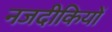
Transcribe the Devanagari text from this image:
नजदीकियों